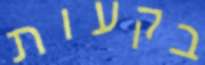
בקעות